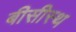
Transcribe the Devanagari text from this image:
बीसीस्थ